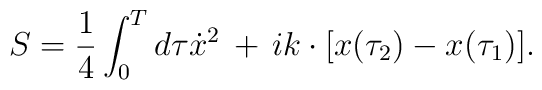
S={1\over 4}\int_0^Td\tau\dot{x}^2\,+\,ik\cdot[x(\tau_2)-x(\tau_1)].